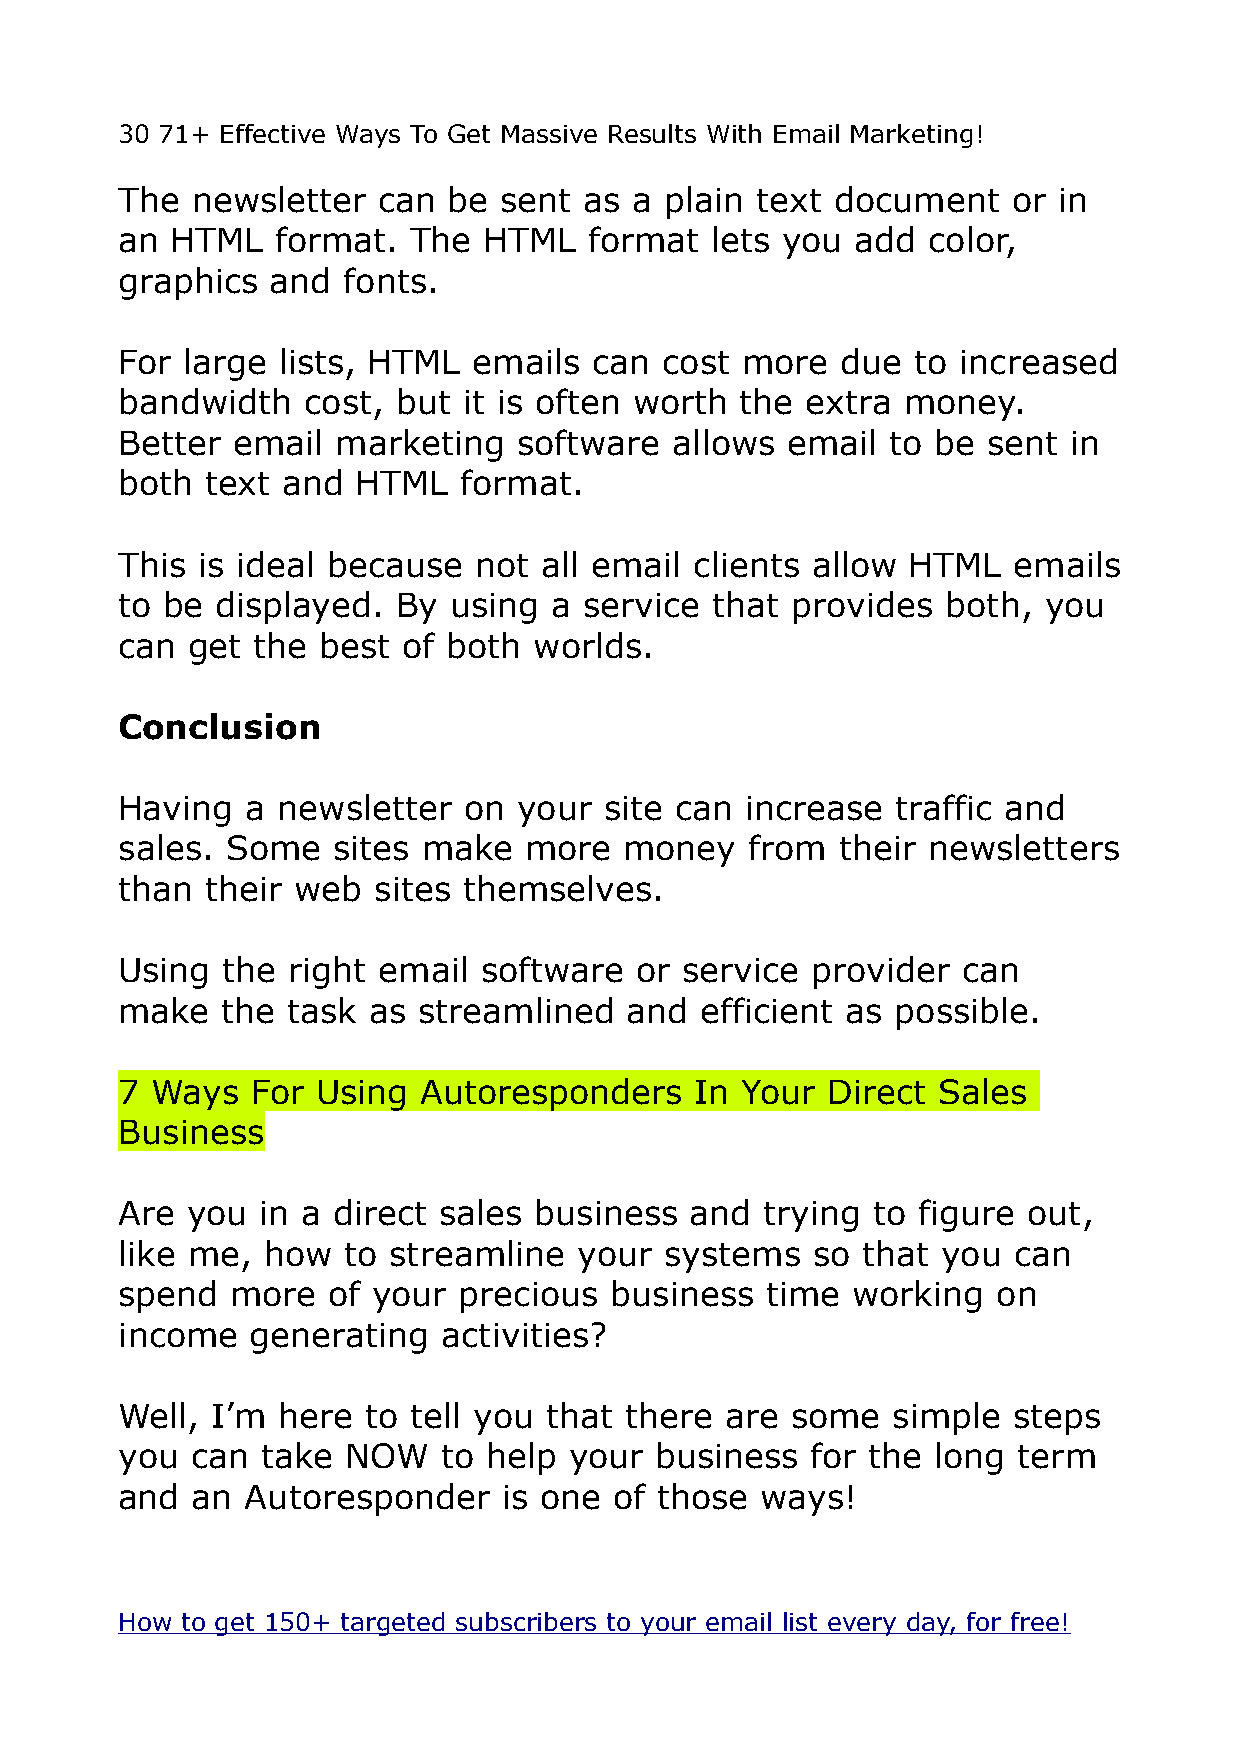
30 71+ Effective Ways To Get Massive Results With Email Marketing!
 The  newsletter  can  be sent  as a plain text document    or in
 an HTML   format.  The  HTML   format  lets you  add color,
 graphics  and  fonts.
 For large lists, HTML  emails  can  cost more   due to increased
 bandwidth   cost, but  it is often worth the extra  money.
 Better email  marketing   software   allows email  to be sent  in
 both  text and  HTML  format.
 This is ideal because  not  all email clients allow HTML   emails
 to be displayed.  By  using  a service that provides   both, you
 can get  the best  of both worlds.
 Conclusion
 Having  a newsletter   on your  site can increase  traffic and
 sales. Some   sites make   more  money    from  their newsletters
 than  their web  sites themselves.
 Using  the right email  software  or service  provider  can
 make   the task as  streamlined   and efficient as possible.
 7 Ways   For Using  Autoresponders    In Your  Direct Sales
 Business
 Are you  in a direct sales business   and  trying to figure out,
 like me, how   to streamline  your  systems   so that you  can
 spend  more   of your precious  business   time working   on
 income   generating  activities?
 Well, I’m here  to tell you that there  are some   simple  steps
 you  can take  NOW   to help  your business   for the long term
 and  an Autoresponder    is one  of those ways!
 How to get 150+ targeted subscribers to your email list every day, for free!